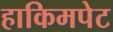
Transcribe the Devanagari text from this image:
हाकिमपेट